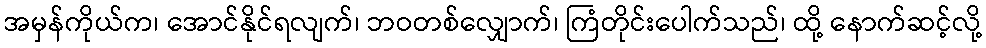
အမှန်ကိုယ်က၊ အောင်နိုင်ရလျက်၊ ဘဝတစ်လျှောက်၊ ကြံတိုင်းပေါက်သည်၊ ထို့ နောက်ဆင့်လို့